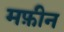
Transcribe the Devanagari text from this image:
मफ़ीन